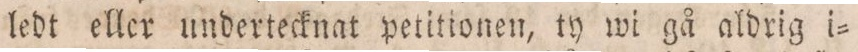
ledt eller undertecknat petitionen, ty wi gå aldrig i=